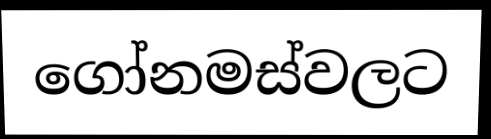
ගෝනමස්වලට